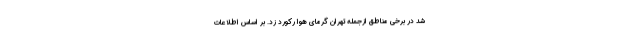
شد در برخی مناطق ازجمله تهران گرمای هوا رکورد زد. بر اساس اطلاعات